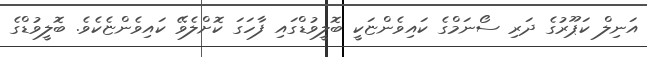
އަނިލް ކަޕޫރުގެ ދަރި ސޯނަމްގެ ކައިވެންޏަކީ ބޮލީވުޑްގައި ފާހަގަ ކޮށްލެވޭ ކައިވެންޏެކެވެ. ބޮލީވުޑްގެ